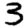
Digit: 3